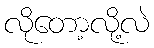
လိုတော့လို့လဲ